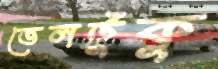
তেলটুকু